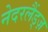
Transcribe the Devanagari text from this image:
नेदरलैंड्ज़